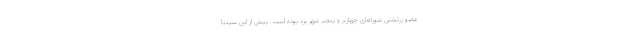
عضو زرتشتی شوراهای چهارم و پنجم شهر یزد بوده است. پیش از این سپنتا